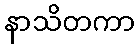
နာသိတကာ